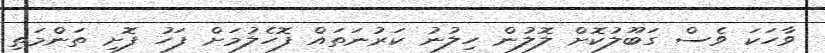
ވާހަކަ ވެސް ގަބޫލުކޮށް ލޮލުން ހިލުނު ކަރުނަތައް ފޮހެލުމަށް ފަހު ފޮށި ތަންމަތި